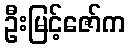
ဦးမြင့်ဇော်က